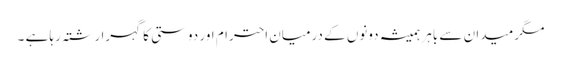
مگر میدان سے باہر ہمیشہ دونوں کے درمیان احترام اور دوستی کا گہرا رشتہ رہا ہے ۔